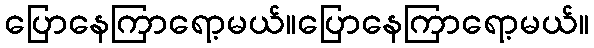
ပြောနေကြာရော့မယ်။ပြောနေကြာရော့မယ်။